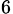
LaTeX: _{6}